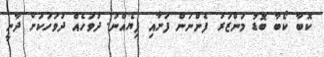
ކޮބާ ކޯބާ ބޮޑު މަންޒަރު ފެންނަން ފަށާއި ފިޔެއްނު. ދުވަހެއް ދުވަހަކަށް ދާނީ